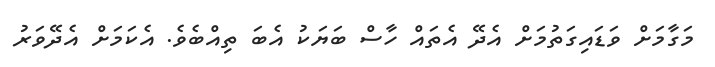
މަގާމަށް ވަޑައިގަތުމަށް އެދޭ އެތައް ހާސް ބަޔަކު އެބަ ތިއްބެވެ. އެކަމަށް އެދޭވަރު